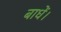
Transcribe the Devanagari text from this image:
बाधें।